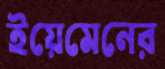
ইয়েমেনের